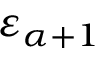
\varepsilon _ { \alpha + 1 }